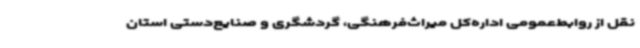
نقل از روابط‌عمومی اداره‌کل میراث‌فرهنگی، گردشگری و صنایع‌دستی استان